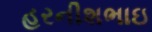
હરનીશભાઇ